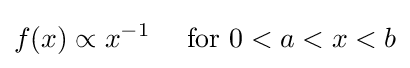
f(x)\propto x^{-1}\quad {\text{ for }}0<a<x<b